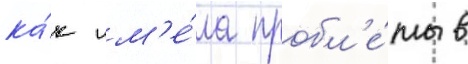
ка́к им'е́ла пробл'е́мы в